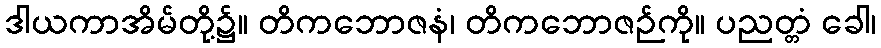
ဒါယကာအိမ်တို့၌။ တိကဘောဇနံ၊ တိကဘောဇဉ်ကို။ ပညတ္တံ ခေါ၊